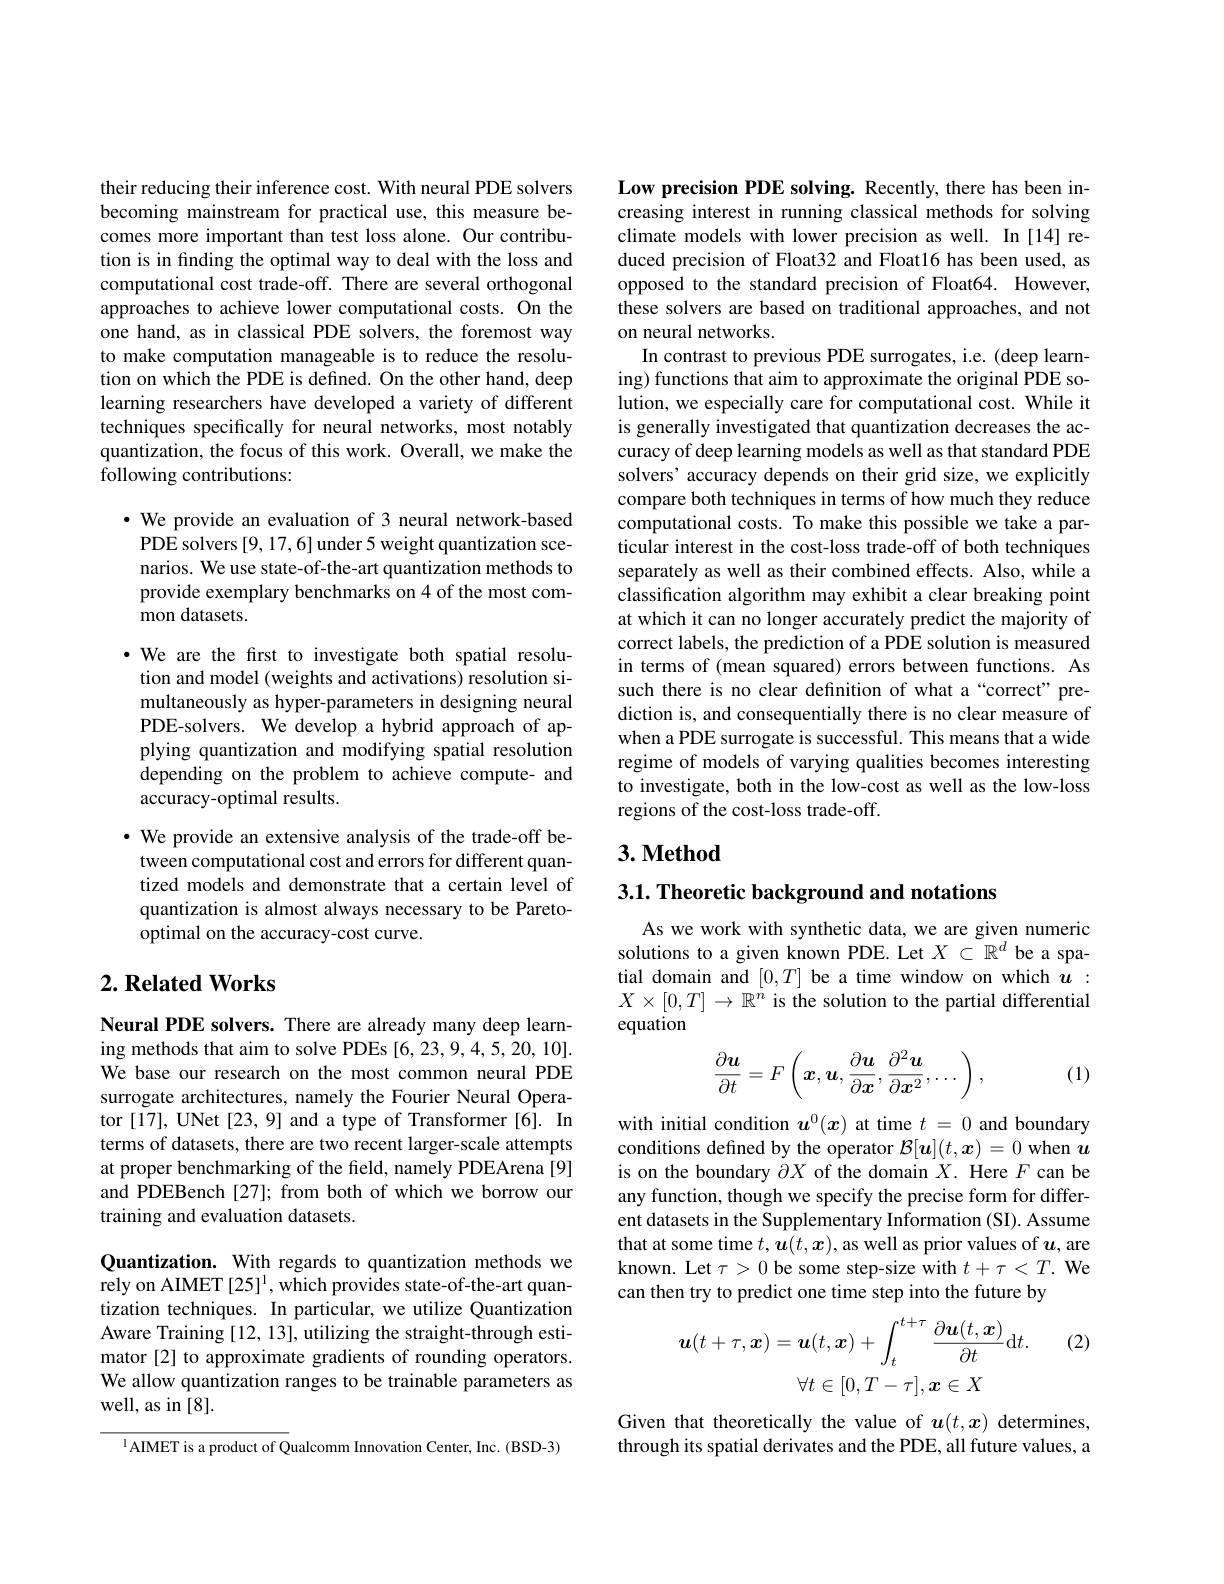
their reducing their inference cost. With neural PDE solvers becoming mainstream for practical use, this measure becomes more important than test loss alone. Our contribution is in finding the optimal way to deal with the loss and computational cost trade-off. There are several orthogonal approaches to achieve lower computational costs. On the one hand, as in classical PDE solvers, the foremost way to make computation manageable is to reduce the resolution on which the PDE is defined. On the other hand, deep learning researchers have developed a variety of different techniques specifically for neural networks, most notably quantization, the focus of this work. Overall, we make the following contributions:

$\cdot$ We provide an evaluation of 3 neural network-based PDE solvers [9,17,6] under 5 weight quantization scenarios. We use state-of-the-art quantization methods to provide exemplary benchmarks on 4 of the most common datasets.

·We are the first to investigate both spatial resolution and model (weights and activations) resolution simultaneously as hyper-parameters in designing neural PDE-solvers. We develop a hybrid approach of applying quantization and modifying spatial resolution depending on the problem to achieve compute- and accuracy-optimal results.
$\cdot$ We provide an extensive analysis of the trade-off between computational cost and errors for different quantized models and demonstrate that a certain level of quantization is almost always necessary to be Pareto-

optimal on the accuracy-cost curve.

## $2. \textbf{Related Works}$

Neural PDE solvers. There are already many deep learning methods that aim to solve PDEs [6,23,9,4,5,20,10]. We base our research on the most common neural PDE surrogate architectures, namely the Fourier Neural Operator [17], UNet [23, 9] and a type of Transformer [6]. In terms of datasets, there are two recent larger-scale attempts at proper benchmarking of the field, namely PDEArena [9] and PDEBench [27]; from both of which we borrow our training and evaluation datasets.

Quantization. With regards to quantization methods we rely on AIMET[25]1, which provides state-of-the-art quantization techniques. In particular, we utilize Quantization Aware Training [12, 13], utilizing the straight-through estimator [2] to approximate gradients of rounding operators. We allow quantization ranges to be trainable parameters as well, as in [8].

$^{1}$AIMET is a product of Qualcomm Innovation Center, Inc. (BSD-3)

Low precision PDE solving. Recently, there has been increasing interest in running classical methods for solving climate models with lower precision as well. In [14] reduced precision of Float32 and Float16 has been used, as opposed to the standard precision of Float64. However, these solvers are based on traditional approaches, and not on neural networks.
In contrast to previous PDE surrogates, i.e. (deep learning) functions that aim to approximate the original PDE solution, we especially care for computational cost. While it is generally investigated that quantization decreases the accuracy of deep learning models as well as that standard PDE solvers' accuracy depends on their grid size, we explicitly compare both techniques in terms of how much they reduce computational costs. To make this possible we take a particular interest in the cost-loss trade-off of both techniques separately as well as their combined effects. Also, while a classification algorithm may exhibit a clear breaking point at which it can no longer accurately predict the majority of correct labels, the prediction of a PDE solution is measured in terms of (mean squared) errors between functions. As such there is no clear definition of what a“correct”prediction is, and consequentially there is no clear measure of when a PDE surrogate is successful. This means that a wide regime of models of varying qualities becomes interesting to investigate, both in the low-cost as well as the low-loss regions of the cost-loss trade-off.

## $3. \textbf{Method}$

$3. 1. \textbf{ Theoretic background and notations}$

As we work with synthetic data, we are given numeric solutions to a given known PDE. Let $X\subset\mathbb{R}^d$ be a spatial domain and $[0,T]$ be a time window on which $u:$ $X\times[0,T]\to\mathbb{R}^n$ is the solution to the partial differential equation
$$\frac{\partial\boldsymbol{u}}{\partial t}=F\left(\boldsymbol{x},\boldsymbol{u},\frac{\partial\boldsymbol{u}}{\partial\boldsymbol{x}},\frac{\partial^2\boldsymbol{u}}{\partial\boldsymbol{x}^2},\ldots\right),$$
(1)

with initial condition $u^0(x)$ at time $t=0$ and boundary conditions defined by the operator $\mathcal{B}[\boldsymbol u](t,\boldsymbol{x})=0$ when $\boldsymbol u$ is on the boundary $\partial X$ of the domain $X.$ Here $F$ can be any function, though we specify the precise form for different datasets in the Supplementary Information (SI). Assume that at some time $t,\boldsymbol{u}(t,\boldsymbol{x})$, as well as prior values of $u$, are known. Let $\tau>0$ be some step-size with $t+\tau<T.$ We can then try to predict one time step into the future by

(2)
$$\boldsymbol{u}(t+\tau,\boldsymbol{x})=\boldsymbol{u}(t,\boldsymbol{x})+\int_{t}^{t+\tau}\frac{\partial\boldsymbol{u}(t,\boldsymbol{x})}{\partial t}\mathrm{d}t.\\\forall t\in[0,T-\tau],\boldsymbol{x}\in X$$
Given that theoretically the value of $u(t,x)$ determines, through its spatial derivates and the PDE, all future values, a